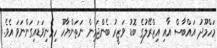
މަހްމޫދު އައްބާސް އާއި އިޒްރޭލުގެ ބޮޑު ވަޒީރު ބެންޖަމިން ނަތަންޔާހޫ ހިމެނިވަޑައިގަންނަވަ އެވެ.